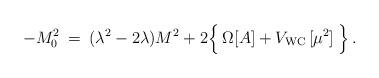
LaTeX: \begin{align*}- M_0^2 \> = \> (\lambda^2 - 2 \lambda) M^2 + 2 \Bigl \{ \> \Omega[A] + V_{\rm WC} \, [\mu^2] \> \Bigr \} \> .\end{align*}